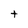
Character: t